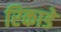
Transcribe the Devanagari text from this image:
रिकाडे